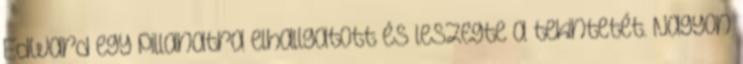
Edward egy pillanatra elhallgatott és leszegte a tekintetét. Nagyon